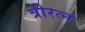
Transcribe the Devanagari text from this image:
त्रीरत्न